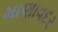
માણાવદર